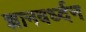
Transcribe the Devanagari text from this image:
ज्ञानवर्ध्दन